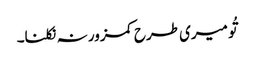
تُو میری طرح کمزور نہ نکلنا۔